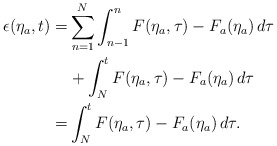
\begin{align*}\begin{aligned}\epsilon(\eta_a,t) =& \sum_{n = 1}^N\int_{n-1}^{n} F(\eta_a,\tau)-F_a(\eta_a)\,d \tau \\& +\int_{N}^{t} F(\eta_a,\tau)-F_a(\eta_a)\,d \tau\\=& \int_{N}^{t} F(\eta_a,\tau)-F_a(\eta_a)\,d \tau.\end{aligned}\end{align*}